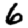
Digit: 6